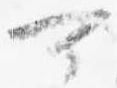
可